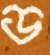
ড